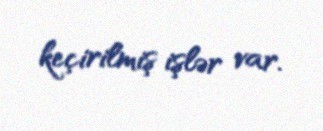
keçirilmiş işlər var.